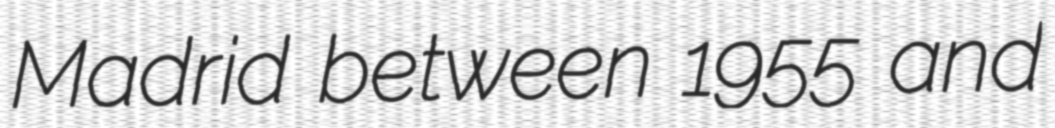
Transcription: Madrid between 1955 and